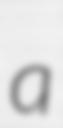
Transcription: a